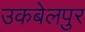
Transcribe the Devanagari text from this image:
उकबेलपुर